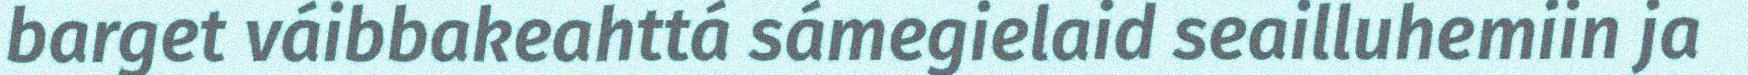
barget váibbakeahttá sámegielaid seailluhemiin ja